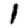
Digit: 1